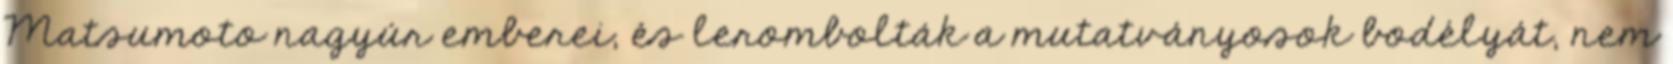
Matsumoto nagyúr emberei, és lerombolták a mutatványosok bodélyát, nem